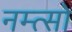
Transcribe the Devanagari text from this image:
नम्त्सो